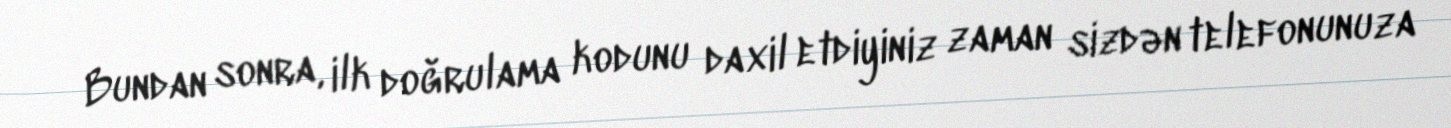
Bundan sonra, ilk doğrulama kodunu daxil etdiyiniz zaman sizdən telefonunuza